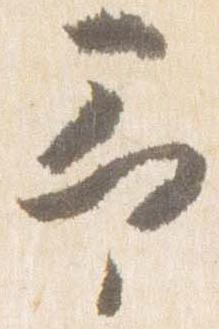
予